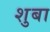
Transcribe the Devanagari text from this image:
शुबा